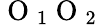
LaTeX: \mathrm{~O~}_{1}\mathrm{~O~}_{2}